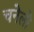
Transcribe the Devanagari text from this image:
चनेलो